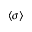
\langle \sigma \rangle